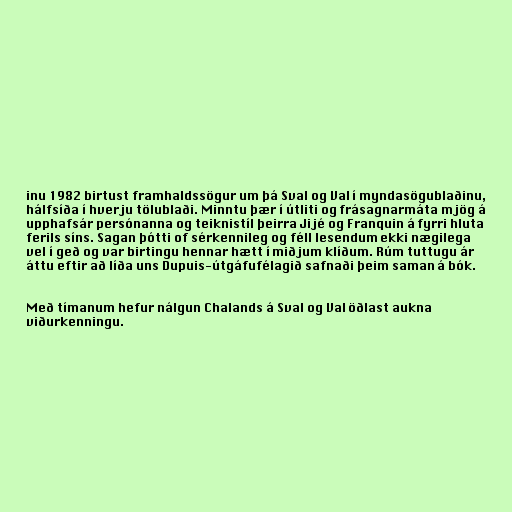
inu 1982 birtust framhaldssögur um þá Sval og Val í myndasögublaðinu,
hálfsíða í hverju tölublaði. Minntu þær í útliti og frásagnarmáta mjög á
upphafsár persónanna og teiknistíl þeirra Jijé og Franquin á fyrri hluta
ferils síns. Sagan þótti of sérkennileg og féll lesendum ekki nægilega
vel í geð og var birtingu hennar hætt í miðjum klíðum. Rúm tuttugu ár
áttu eftir að líða uns Dupuis-útgáfufélagið safnaði þeim saman á bók.

Með tímanum hefur nálgun Chalands á Sval og Val öðlast aukna
viðurkenningu.